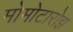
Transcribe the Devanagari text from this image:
मोमोटारोझ